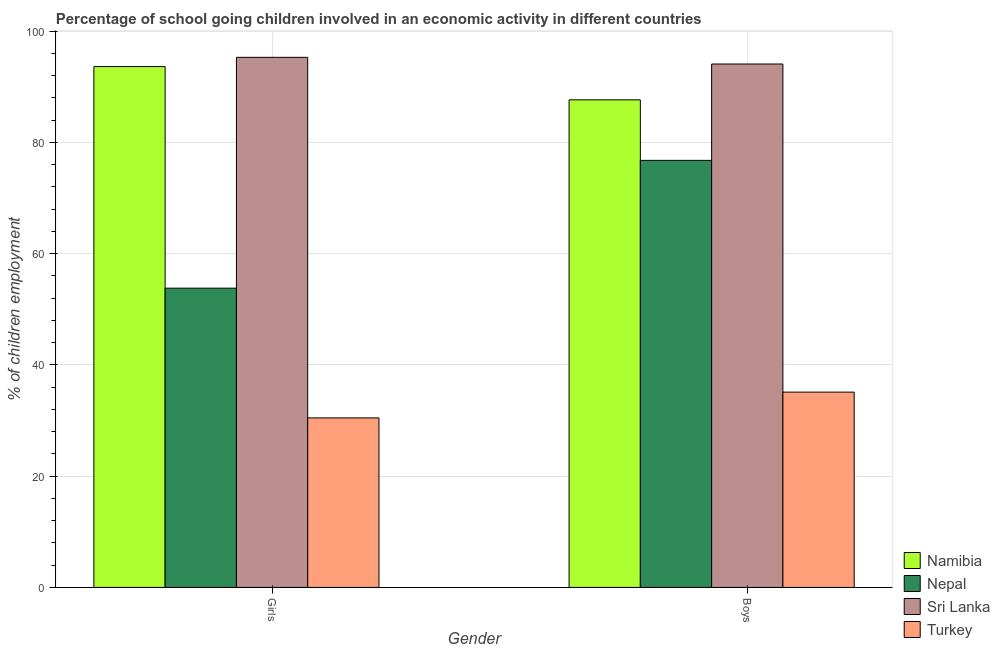
| Gender | Namibia | Nepal | Sri Lanka | Turkey |
 | --- | --- | --- | --- | --- |
 | Girls | 93.6 | 53.8 | 95.3 | 30.5 |
 | Boys | 87.7 | 76.8 | 94.1 | 35.1 |